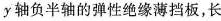
y轴负半轴的弹性绝缘薄挡板，长